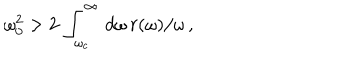
LaTeX: \omega _ { 0 } ^ { 2 } > 2 \, \int _ { \omega _ { c } } ^ { \infty } \, d \omega \, r ( \omega ) / \omega \, ,